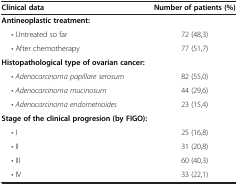
<table><thead><tr><td><b>Clinical data</b></td><td><b>Number of patients (%)</b></td></tr></thead><tbody><tr><td colspan="2"><b>Antineoplastic treatment:</b></td></tr><tr><td>• Untreated so far</td><td>72 (48,3)</td></tr><tr><td>• After chemotherapy</td><td>77 (51,7)</td></tr><tr><td colspan="2"><b>Histopathological type of ovarian cancer:</b></td></tr><tr><td>• <i>Adenocarcinoma papillare serosum</i></td><td>82 (55,0)</td></tr><tr><td>• <i>Adenocarcinoma mucinosum</i></td><td>44 (29,6)</td></tr><tr><td>• <i>Adenocarcinoma endometrioides</i></td><td>23 (15,4)</td></tr><tr><td colspan="2"><b>Stage of the clinical progresion (by FIGO):</b></td></tr><tr><td>• I</td><td>25 (16,8)</td></tr><tr><td>• II</td><td>31 (20,8)</td></tr><tr><td>• III</td><td>60 (40,3)</td></tr><tr><td>• IV</td><td>33 (22,1)</td></tr></tbody></table>